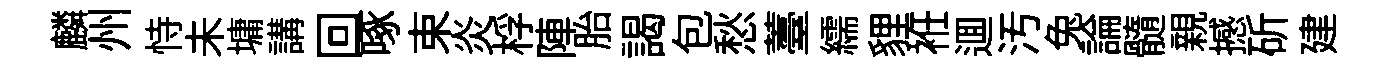
麟州恃未墉講回啄束炎桴陣胎謁包愁薹繻貍袵逥汚兔論髓親撼斫建